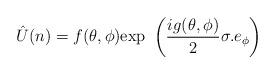
LaTeX: \begin{align*}\hat{U}(n) = f(\theta ,\phi ) \mbox{exp} \ \left(\frac{ig(\theta ,\phi )}{2}\sigma .e_{\phi}\right)\end{align*}